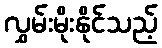
လွှမ်းမိုးနိုင်သည့်